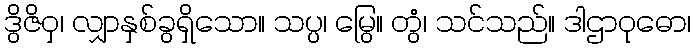
ဒွိဇိဝှ၊ လျှာနှစ်ခွရှိသော။ သပ္ပ၊ မြွေ။ တွံ၊ သင်သည်။ ဒါဌာဝုဓော၊